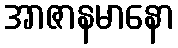
အာဇာနမာနော